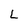
Character: L